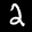
Label: 2